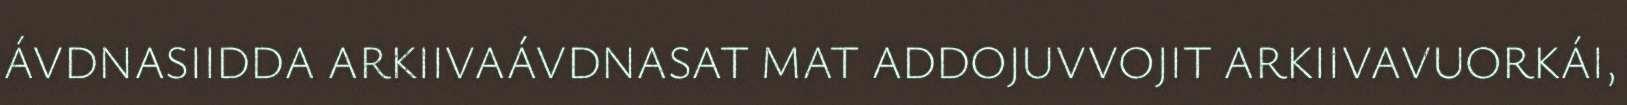
ÁVDNASIIDDA ARKIIVAÁVDNASAT MAT ADDOJUVVOJIT ARKIIVAVUORKÁI,